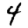
Digit: 4